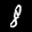
Label: 8